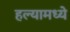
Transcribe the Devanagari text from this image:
हल्यामध्ये